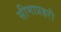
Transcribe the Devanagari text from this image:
सीमाप्रहरी